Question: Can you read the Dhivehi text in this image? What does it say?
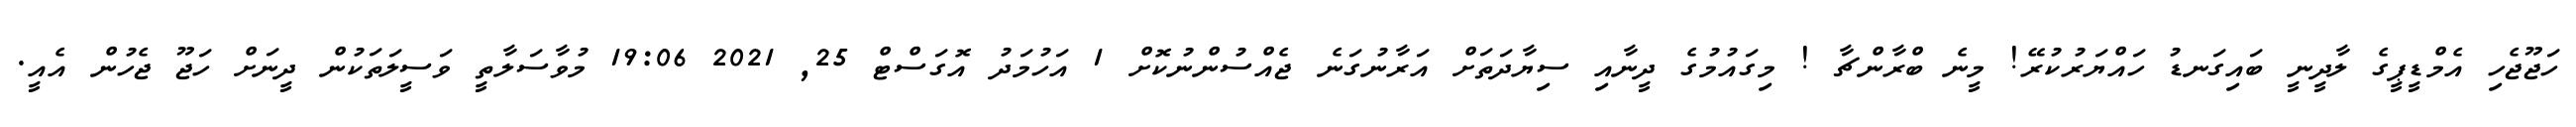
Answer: ހަޖޫޖެހި އެމްޑީޕީގެ ލާދީނީ ބައިގަނޑު ހައްޔަރުކުރޭ! މީނެ ބްރާންޗާ ! މިގައުމުގެ ދީނާއި ސިޔާދަތަށް އަރާނުގަނެ ޖެއްސުންނުކޮށް 1 އަހުމަދު އޮގަސްޓް 25, 2021 19:06 މުވާސަލާތީ ވަސީލަތަކުން ދީނަށް ހަޖޫ ޖެހުން އެއީ.